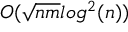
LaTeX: O ( { \sqrt { n m } } l o g ^ { 2 } ( n ) )